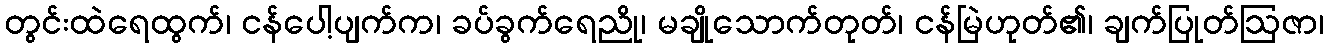
တွင်းထဲရေထွက်၊ ငန်ပေါ့ပျက်က၊ ခပ်ခွက်ရေညို၊ မချိုသောက်တုတ်၊ ငန်မြဲဟုတ်၏၊ ချက်ပြုတ်ဩဇာ၊